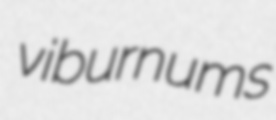
viburnums